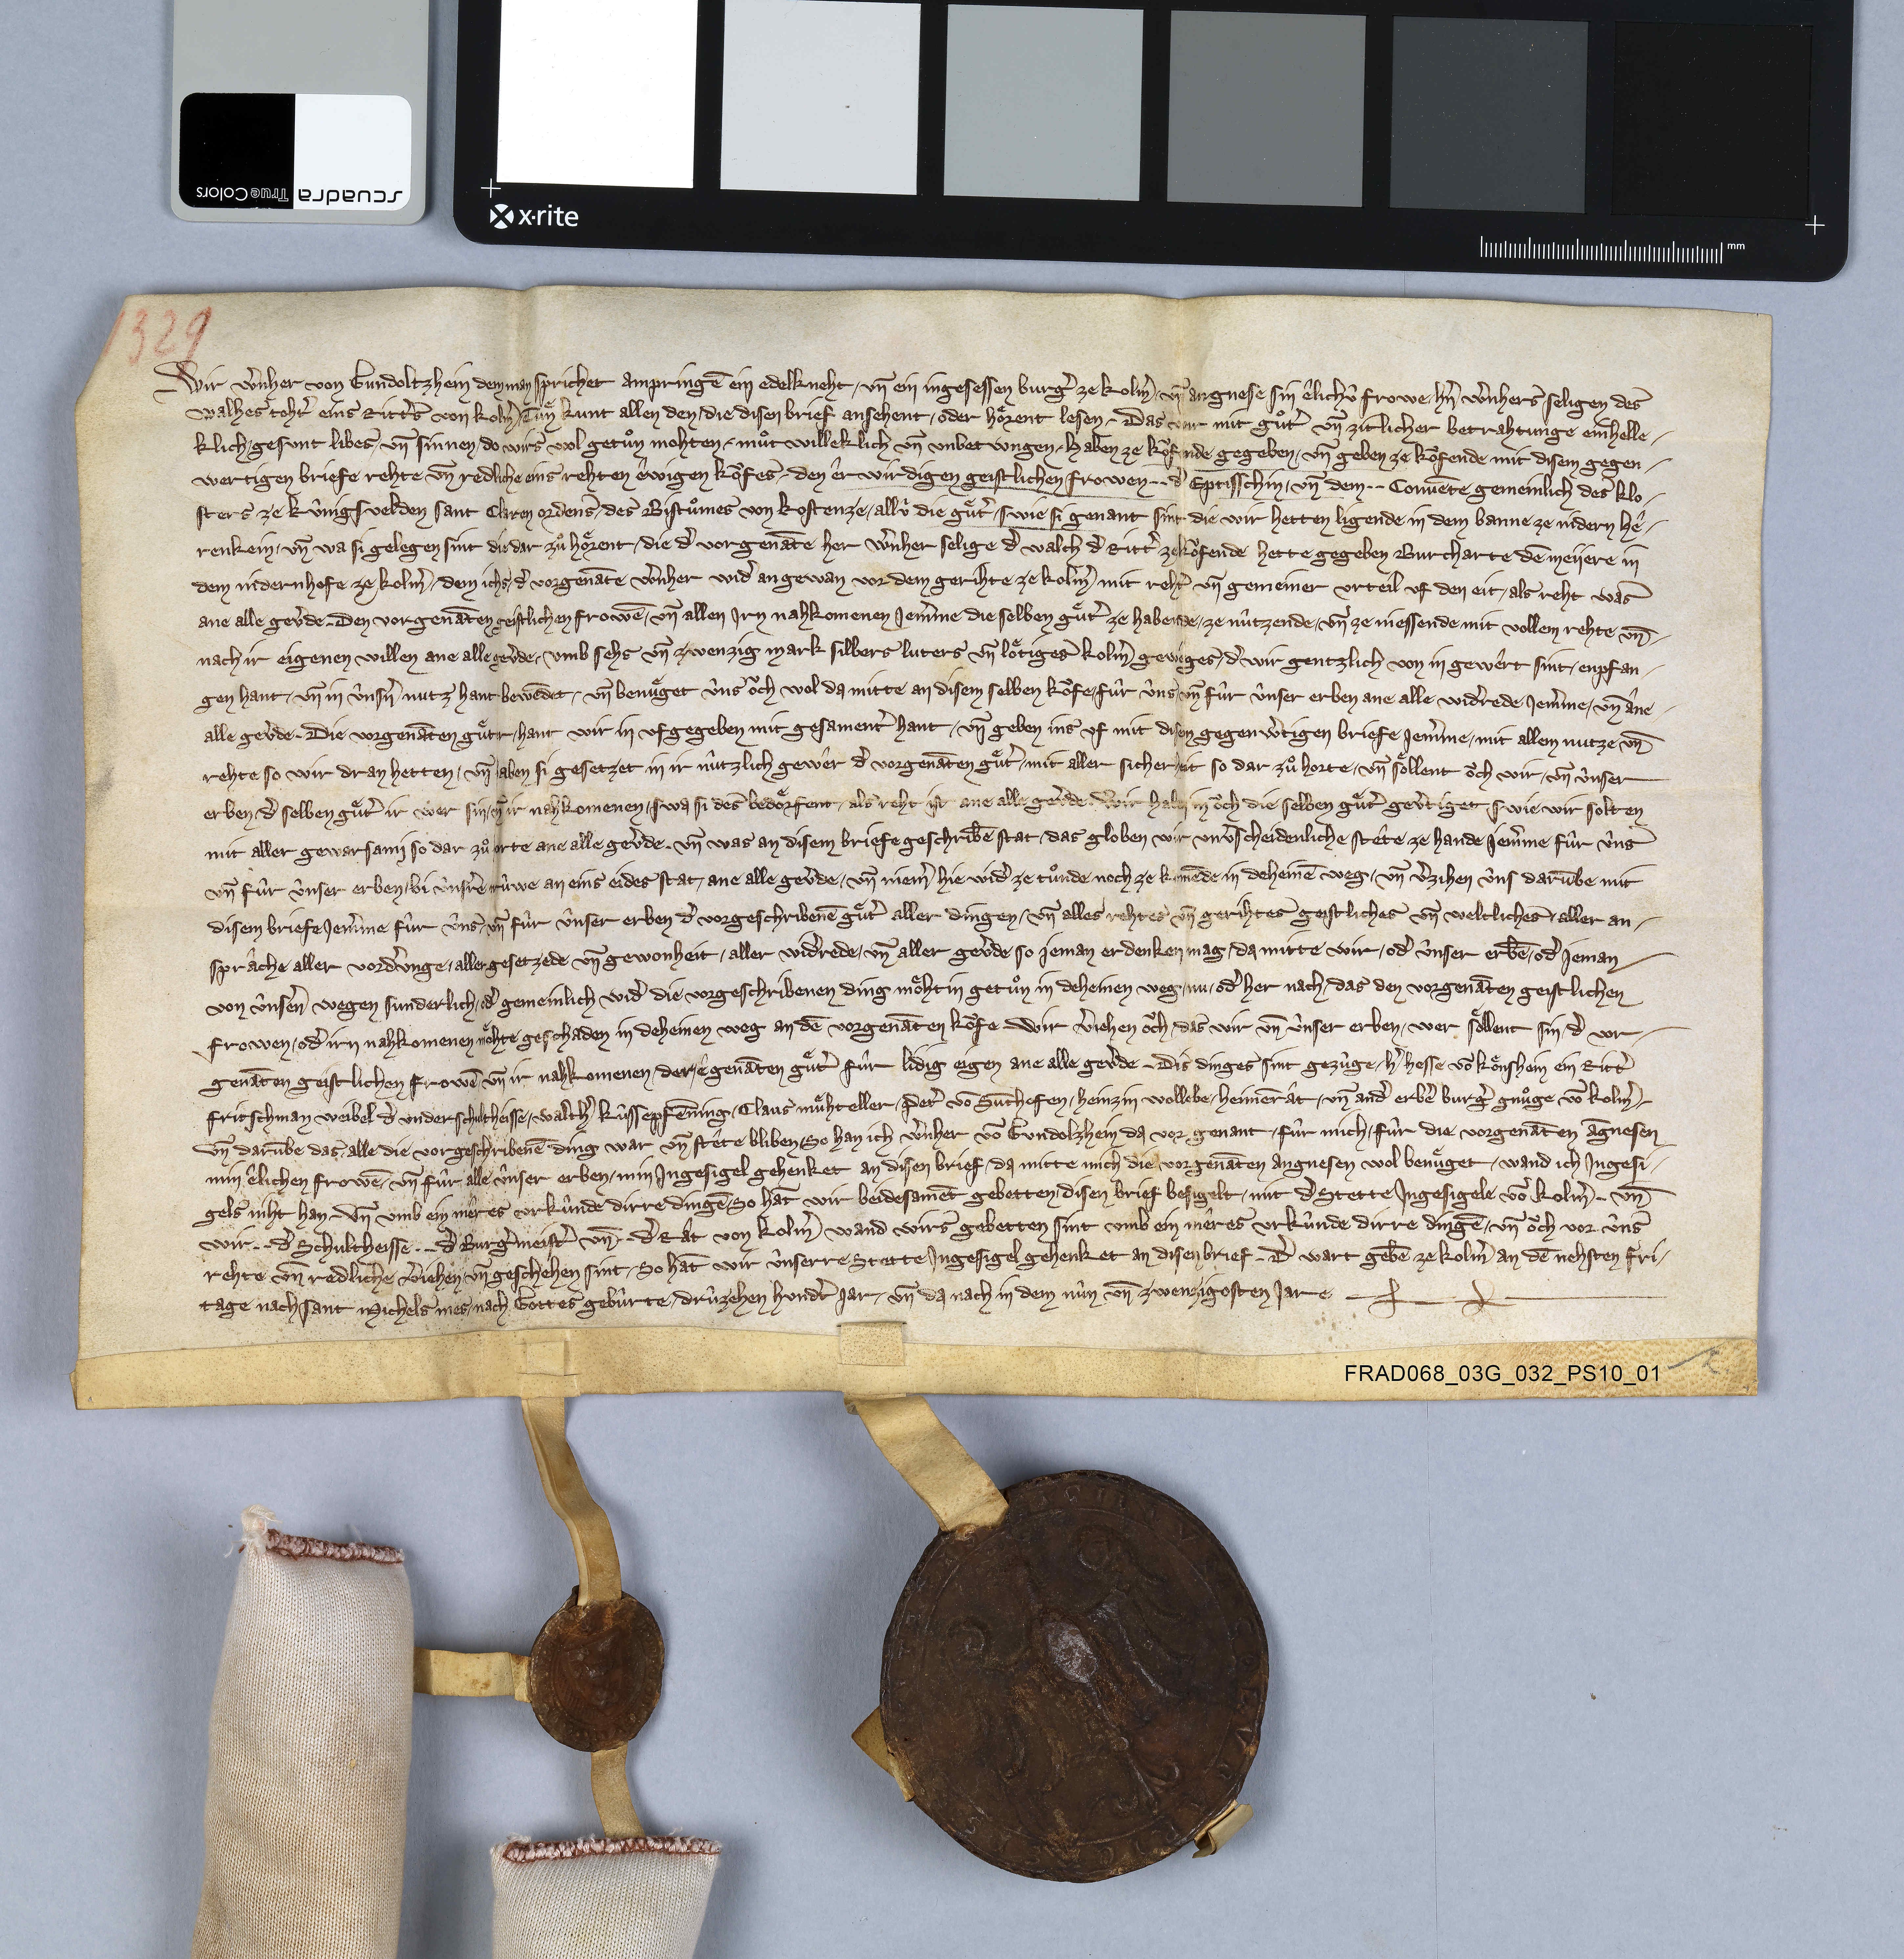
1329

Wir Wˀnher von Gundoltzhein dem man sprichet Ampringē ein edelkneht ✳ un̄ ein ingesessen burgˀ ze Kolmˀ ✳ un̄ Angnese sin êlichù frowe ✳ hnˀ Wˀnhers seligen des
Walhes tohtˀ eins rittˀs von Kolmˀ ✳ tuͤn kunt allen den ✳ die disen brief ansehent ✳ oder hoͤrent lesen ✳ das wir mit guͦtˀ un̄ zitlicher betrahtunge einhelle¬
klich ✳ gesunt libes ✳ un̄ sinnen ✳ do wirs wol getuͦn mohten ✳ muͦtwilleklich un̄ unbetwngen ✳ haben ze koͧfende gegeben ✳ un̄ geben ze koͧfende mit disem gegen¬
wertigen briefe rehte un̄ redliche eins rehten êwigen koͧfes ✳ den êrwirdigen geistlichen frowen ✳ ✳ dˀ eptisschin ✳ un̄ dem ✳ ✳ convēte gemeinlich des klo¬
sters ze Kûnigsvelden Sant Claren ordens ✳ des bistuͦmes von Kostenze ✳ allù die guͤtˀ ✳ swie si genant sint die wir hetten ligende in dem banne ze Nidern Hê⁊
renkein ✳ un̄ wa si gelegen sint die dar zuͦ hoͤrent ✳ die dˀ vorgenāte her Wˀnher selige dˀ Walch dˀ rittˀ ze koͧfende hette gegeben Burcharte dē Meiiere in
dem Nidernhofe ze Kolmˀ ✳ dem ichs ✳ dˀ vorgenāte Wˀnher widˀ angewan vor dem gerihte ze Kolmˀ mit rehtˀ un̄ gemeiner urteil uf den eit ✳ als reht was
ane alle gevˀde ✳ den vorgenāten geistliche frowē ✳ un̄ allen irn nahkomenen jemˀme die selben guͤtˀ ze habende ✳ ze nûtzende ✳ un̄ ze niessende mit vollem rehte un̄ ✳
nach ir eigenen willen ane alle gevˀde ✳ umb sehs un̄ zwenzig mark silbers luters un̄ loͤtiges Kolmˀ gewèges ✳ dˀ wir gentzlich von in gewêrt sint ✳ enpfan¬
gen hant ✳ un̄ in ûnsˀn nutz hant bewēdet ✳ un̄ benuͤget ûns oͧch wol da mitte an disem selben koͧfe ✳ fûr ûns un̄ fûr ûnser erben ane alle widˀrede jemˀme ✳ un̄ âne
alle gevˀde. die vorgenāten guͤter ✳ hant wir in ufgegeben mit gesamentˀ hant ✳ un̄ geben ins uf mit disen gegenwˀtigen briefe jemˀme ✳ mit allem nutze un̄
rehte so wir dran hetten ✳ un̄ haben si gesetzet in ir nûtzlich gewêr dˀ vorgenāten guͤter ✳ mit aller sicherheit so dar zuͦ horte ✳ un̄ soͤllent oͧch wir ✳ un̄ ûnser
erben ✳ dˀselben guͤtˀ ir wer sin ✳ un̄ ir nahkomenen ✳ swa si des bedoͤrfent ✳ als reht ist ane alle gevˀde. ✳ wir haben in oͧch die selben guͤtˀ gevˀtiget swie wir solten
mit aller gewarsami so dar zuͦ horte ane alle gevˀde. un̄ was an disem briefe geschribē stat ✳ das globen wir unvˀscheidenliche stête ze hande jemˀme fûr ûns
un̄ fûr ûnser erben ✳ bi ûnsˀre trûwe an eins eides stat ✳ ane alle gevˀde ✳ un̄ niemˀ hie widˀ ze tuͦnde noch ze komēde in deheinē weg ✳ un̄ vˀzihen ûns darūbe mit
disem briefe jemˀme fûr ûns ✳ un̄ fûr ûnser erben dˀ vorgeschribenē guͤtˀ aller dingen ✳ un̄ alles rehtes un̄ gerihtes geistliches un̄ weltliches ✳ aller an¬
sprâche aller vordˀunge ✳ aller gesetzede un̄ gewonheit ✳ aller widˀrede ✳ un̄ aller gevˀde so jeman erdenken mag ✳ da mitte wir ✳ odˀ ûnser erbē ✳ odˀ jeman
von ûnseˀn wegen sunderlich ✳ odˀ gemeinlich widˀ die vorgeschribenen ding moͤht in getuͦn in deheinen weg ✳ nu ✳ odˀ her nach ✳ das den vorgenāten geistlichen
frowen ✳ odˀ irn nahkomenen moͤhte geschaden in deheinen weg an dē vorgenāten koͧfe. wir vˀjehen oͧch das wir un̄ ûnser erben ✳ wer soͤllent sin ✳ dˀ vor¬
genāten geistlichen frowē un̄ ir nahkomenen ✳ der êgenāten guͤtˀ fûr lidig eigen ane alle gevˀde. dis dinges sint gezûge ✳ hˀ Hesse vō Koͤnshein ein rittˀ
Fritschman Weibel dˀ underschultheisse ✳ Walthˀ Kûssepfēning ✳ Claus Muͤhteller ✳ Petˀ vō Sūthofen ✳ Heinzin Wollebe ✳ heimērât ✳ un̄ andˀ erbeˀ burgˀ gnuͦge vō Kolmˀ. ✳
un̄ darūbe das alle die vorgeschribenē ding war un̄ stête bliben ✳ so han ich Wˀnher vō Gundolzhein da vor genant ✳ fûr mich ✳ fûr die vorgenāten Āgnesen
min êlichen frowē ✳ un̄ fûr alle ûnser erben ✳ min ingesigel gehenket an disen brief ✳ da mitte mich die vorgenāten Angnesen wol benuͤget ✳ wand ich ingesi¬
gels niht han ✳ un̄ umb ein mêres urkûnde dirre dingē so hāt wir beidesamēt gebetten ✳ disen brief besigelt ✳ mit dˀ stette ingesigele vō Kolmˀ ✳ un̄
wir ✳ ✳ dˀ schultheisse ✳ ✳ dˀ burgˀmeistˀ un̄ ✳ ✳ dˀ rât von Kolmˀ wand wirs gebetten sint umb ein mêres urkûnde dirre dingē ✳ un̄ oͧch vor ûns
rehte un̄ redliche vˀjehen ✳ un̄ geschehen sint ✳ so hāt wir ûnserre stette ingesigel gehenket an disen brief ✳ dˀ wart gebē ze Kolmˀ an dē nehsten fri¬
tage nach sant Michelsmes ✳ nach gottes gebûrte ✳ drûzehen hundtˀ jar ✳ un̄ da nach in dem nûn un̄ zwenzigosten jare.